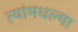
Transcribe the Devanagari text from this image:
त्यांमधल्या